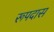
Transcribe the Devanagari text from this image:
रूपदास